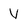
Character: v